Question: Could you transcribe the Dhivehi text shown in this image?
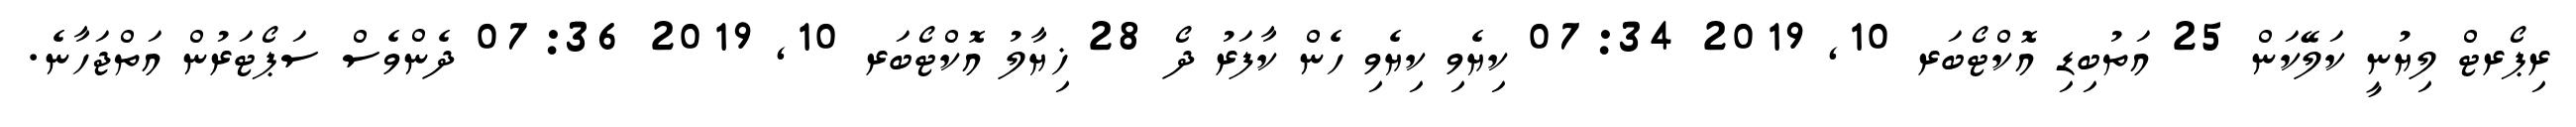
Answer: ރިޕޯރޓް ލިޔުނީ ކަލޭކަން 25 އަތުބިޑި އޮކްޓޯބަރ 10, 2019 07:34 ކިޔެވި ކިޔެވި ހެން ކާފަރު ދޯ 28 ޚިޔާލު އޮކްޓޯބަރ 10, 2019 07:36 ދެންވެސް ސަޕޯޓަރުން އަތްޖަހާނެ.